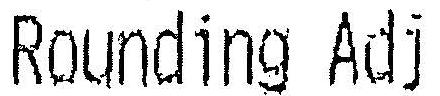
ROUNDING ADJ